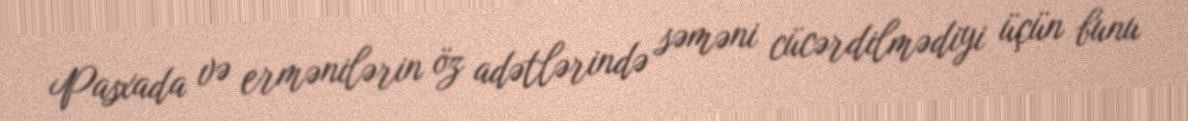
Pasxada və ermənilərin öz adətlərində səməni cücərdilmədiyi üçün bunu